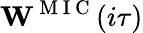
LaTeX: \mathbf{W}^{\mathrm{~M~I~C~}}(i\tau)